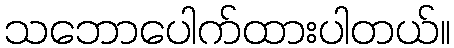
သဘောပေါက်ထားပါတယ်။